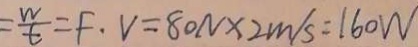
= \frac { w } { t } = F . V = 8 0 N \times 2 m / s = 1 6 0 W